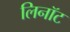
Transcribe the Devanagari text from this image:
लिनॉट